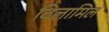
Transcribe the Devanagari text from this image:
विलामिल